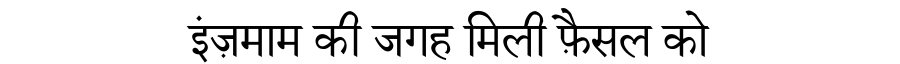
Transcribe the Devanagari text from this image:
इंज़माम की जगह मिली फ़ैसल को